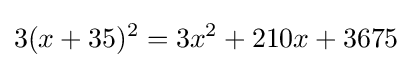
3(x+35)^{2}=3x^{2}+210x+3675